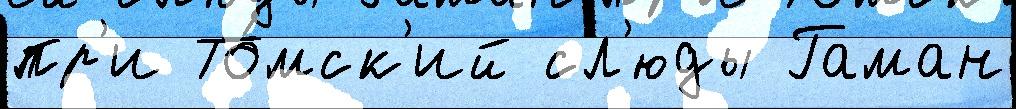
пр'и То́мск'ий сл'юды Гаман